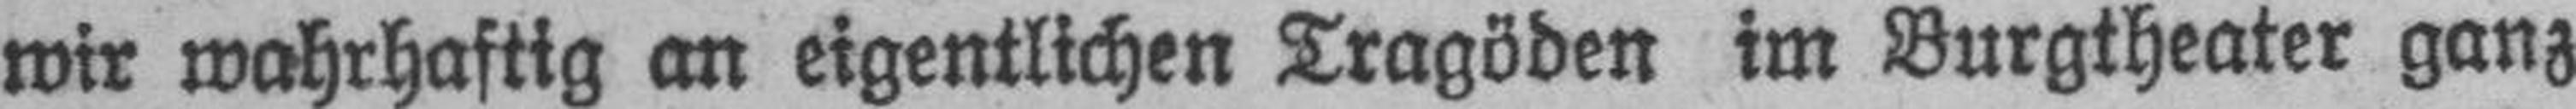
wir wahrhaftig an eigentlichen Tragöden im Burgtheater ganz